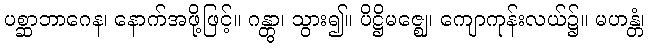
ပစ္ဆာဘာဂေန၊ နောက်အဖို့ဖြင့်။ ဂန္တွာ၊ သွား၍။ ပိဋ္ဌိမဇ္ဈေ၊ ကျောကုန်းလယ်၌။ မဟန္တံ၊